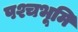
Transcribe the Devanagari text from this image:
पश्चभूमि